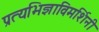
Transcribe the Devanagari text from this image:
प्रत्यभिज्ञाविमर्शिनी